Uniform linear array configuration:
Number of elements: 16
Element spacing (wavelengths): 0.75
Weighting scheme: blackman
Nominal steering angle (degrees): -15
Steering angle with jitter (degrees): -13.689
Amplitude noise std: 0.05
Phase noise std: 0.05

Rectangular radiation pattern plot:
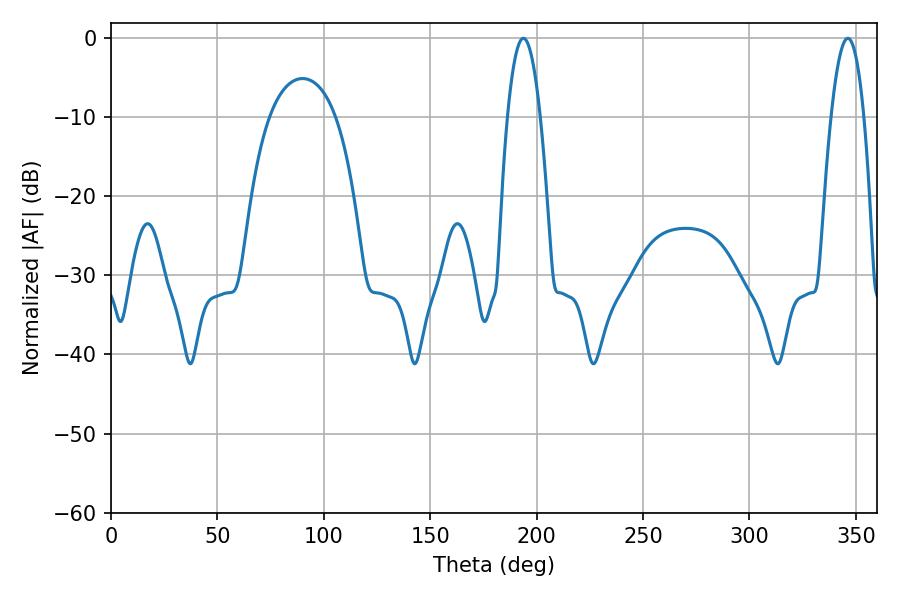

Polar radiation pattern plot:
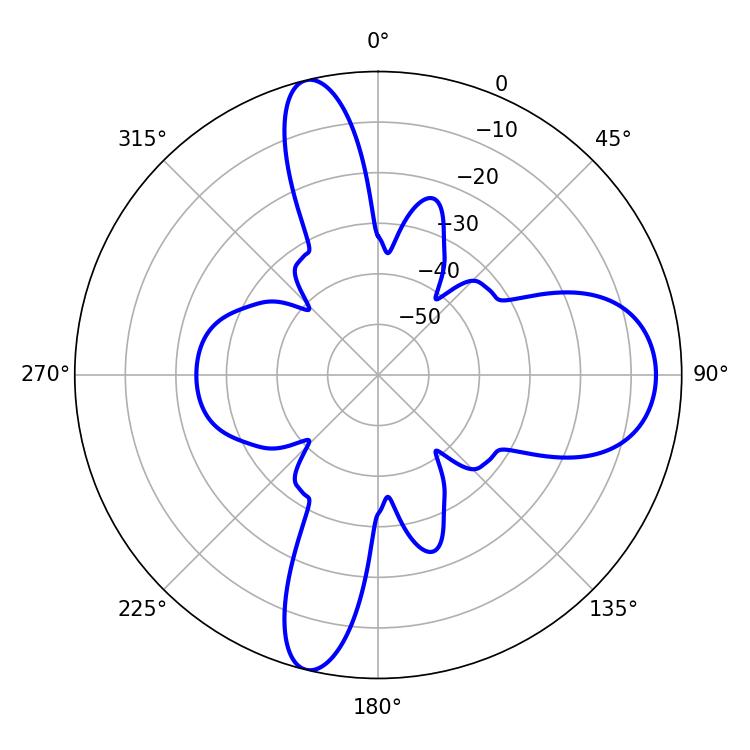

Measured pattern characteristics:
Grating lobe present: TRUE
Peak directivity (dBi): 15.351
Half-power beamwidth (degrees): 8.46
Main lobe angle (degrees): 193.86